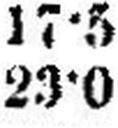
23•0